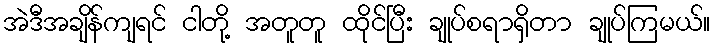
အဲဒီအချိန်ကျရင် ငါတို့ အတူတူ ထိုင်ပြီး ချုပ်စရာရှိတာ ချုပ်ကြမယ်။